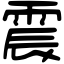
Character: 震